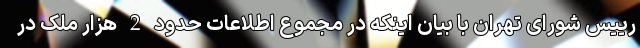
رییس شورای تهران با بیان اینکه در مجموع اطلاعات حدود 2 هزار ملک در